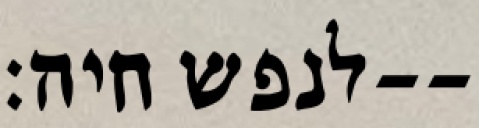
לנפש חיה׃--